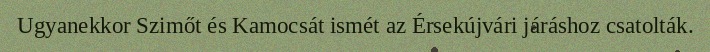
Ugyanekkor Szimőt és Kamocsát ismét az Érsekújvári járáshoz csatolták.